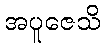
အပူဇေသိ